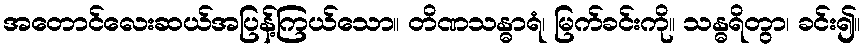
အတောင်လေးဆယ်အပြန့်ကြယ်သော။ တိဏသန္ဓာရံ၊ မြက်ခင်းကို။ သန္ဓရိတွာ၊ ခင်း၍။